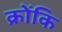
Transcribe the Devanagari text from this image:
क्रोंकि